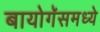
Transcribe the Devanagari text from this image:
बायोगॅसमध्ये